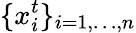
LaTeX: \{ x_{i}^{t}\} _{i=1,\dots,n}